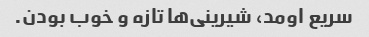
سریع اومد، شیرینی‌ها تازه و خوب بودن.